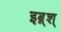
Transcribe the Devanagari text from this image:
इब्न्‌श्